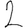
Digit: 2